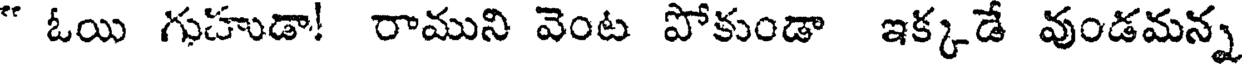
" ఓయి గుహుడా! రాముని వెంట పోకుండా ఇక్కడే వుండమన్న